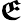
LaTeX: \boldsymbol{\mathfrak{E}}